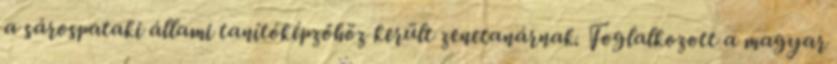
a sárospataki állami tanítóképzőhöz került zenetanárnak. Foglalkozott a magyar